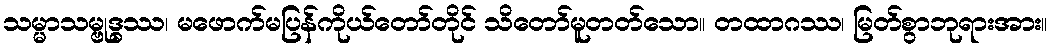
သမ္မာသမ္ဗုဒ္ဓဿ၊ မဖောက်မပြန်ကိုယ်တော်တိုင် သိတော်မူတတ်သော။ တထာဂဿ၊ မြတ်စွာဘုရားအား။